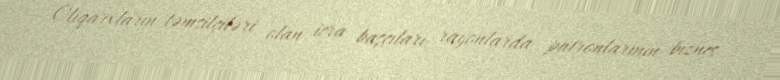
Oliqarxların təmsilçiləri olan icra başçıları rayonlarda patronlarının biznes